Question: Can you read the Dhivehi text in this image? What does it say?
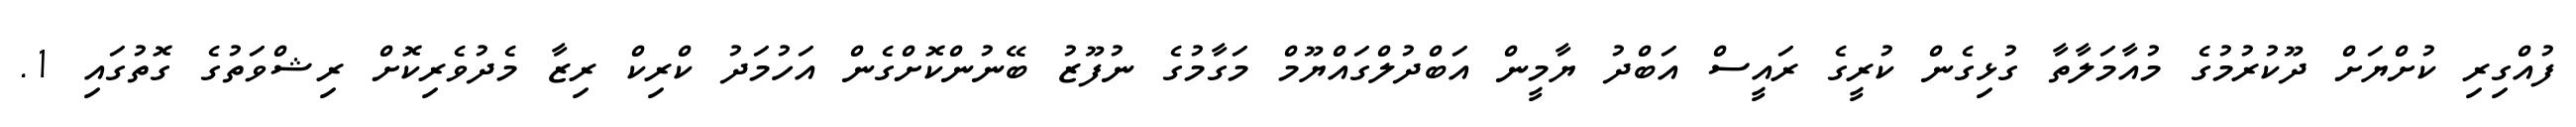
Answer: ފުއްގިރި ކުށްޔަށް ދޫކުރުމުގެ މުއާމަލާތާ ގުޅިގެން ކުރީގެ ރައީސް އަބްދު ޔާމީން އަބްދުލްގައްޔޫމް މަގާމުގެ ނުފޫޒު ބޭނުންކޮށްގެން އަހުމަދު ކްރިކް ރިޒާ މެދުވެރިކޮށް ރިޝްވަތުގެ ގޮތުގައި 1.